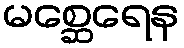
မစ္ဆေရေန